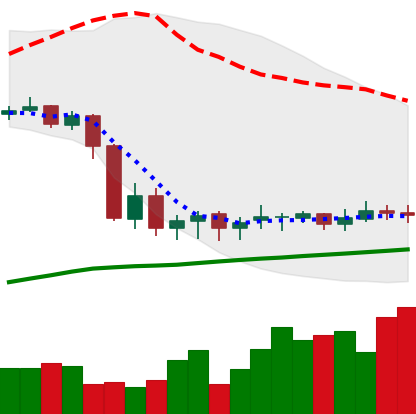
Ticker: DOGE-USD
Chart end date: 2020-09-17
Forward return: -5.615%
Label: down_5_7